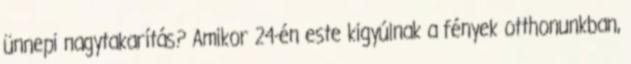
ünnepi nagytakarítás? Amikor 24-én este kigyúlnak a fények otthonunkban,